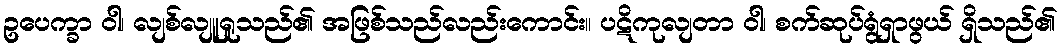
ဥပေက္ခာ ဝါ၊ လျစ်လျူရှုသည်၏ အဖြစ်သည်လည်းကောင်း။ ပဋိကုလျတာ ဝါ၊ စက်ဆုပ်ရွံရှာဖွယ် ရှိသည်၏